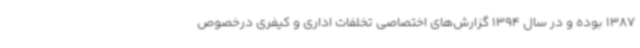
1387 بوده و در سال 1394 گزارش‌های اختصاصی تخلفات اداری و کیفری درخصوص